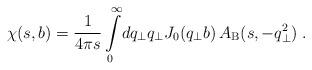
LaTeX: \begin{align*}\chi(s, b) = \frac{1}{4\pi s} \int\limits_0^{\infty} \! dq_{\bot}q_{\bot} J_0(q_{\bot} b) \, A_{\mathrm{B}} (s, -q_{\bot}^2) \;.\end{align*}